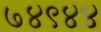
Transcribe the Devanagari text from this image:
७४९४४